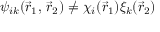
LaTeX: \psi _ { i k } ( { \vec { r } } _ { 1 } , \, { \vec { r } } _ { 2 } ) \neq \chi _ { i } ( { \vec { r } } _ { 1 } ) \xi _ { k } ( { \vec { r } } _ { 2 } )